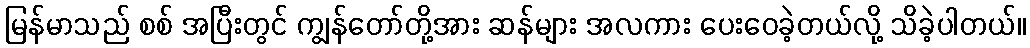
မြန်မာသည် စစ် အပြီးတွင် ကျွန်တော်တို့အား ဆန်များ အလကား ပေးဝေခဲ့တယ်လို့ သိခဲ့ပါတယ်။